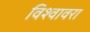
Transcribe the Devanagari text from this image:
विश्वावरा